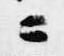
ニ